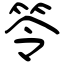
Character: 笭